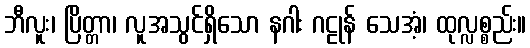
ဘီလူး၊ ပြိတ္တာ၊ လူအသွင်ရှိသော နဂါး ဂဠုန် သေအံ့၊ ထုလ္လစ္စည်း။